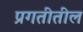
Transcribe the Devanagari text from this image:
प्रगतीतील